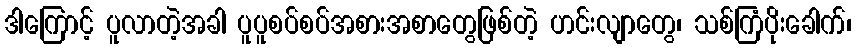
ဒါကြောင့် ပူလာတဲ့အခါ ပူပူစပ်စပ်အစားအစာတွေဖြစ်တဲ့ ဟင်းလျာတွေ၊ သစ်ကြံပိုးခေါက်၊